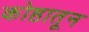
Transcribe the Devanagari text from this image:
कोष्ठातून